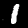
Label: 1